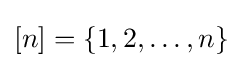
[n]=\{1,2,\ldots ,n\}